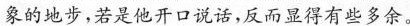
象的地步，若是他开口说话，反而显得有些多余。